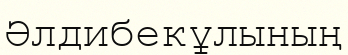
Әлдибекұлының